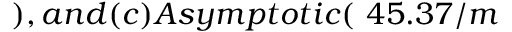
) , a n d ( c ) A s y m p t o t i c ( \ 4 5 . 3 7 / m